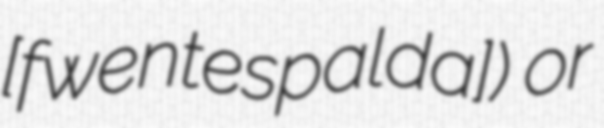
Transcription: [ˈfwentesˈpalda]) or